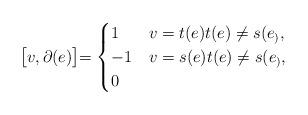
LaTeX: \begin{align*} \bigr[v, \partial (e)\bigl] = \begin{cases}1 & v=t(e) t(e)\neq s(e_), \\-1 & v=s(e) t(e)\neq s(e_),\\0 & \end{cases}\end{align*}